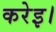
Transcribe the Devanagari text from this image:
करेइ।